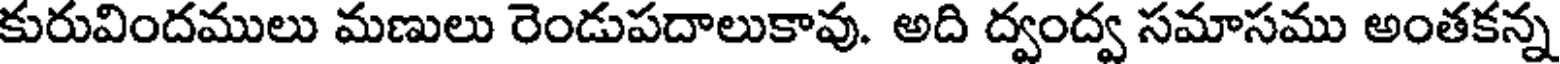
కురువిందములు మణులు రెండుపదాలుకావు. అది ద్వంద్వ సమాసము అంతకన్న